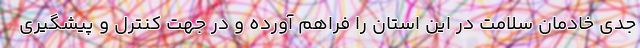
جدی خادمان سلامت در این استان را فراهم آورده و در جهت کنترل و پیشگیری